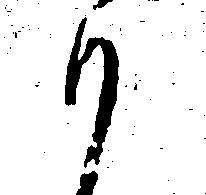
も